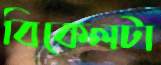
বিকেলটা